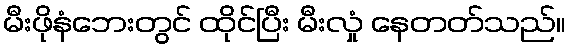
မီးဖိုနံဘေးတွင် ထိုင်ပြီး မီးလှုံ နေတတ်သည်။